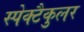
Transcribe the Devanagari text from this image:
स्पेक्टैकुलर